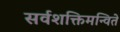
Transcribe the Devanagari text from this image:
सर्वशक्तिमन्विते